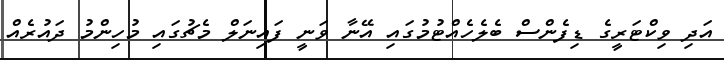
އަދި ވިކްޓަރީގެ ޑިފެންސް ބެލެހެއްޓުމުގައި އޭނާ ވަނީ ފައިނަލް މެޗުގައި މުހިންމު ދައުރެއް